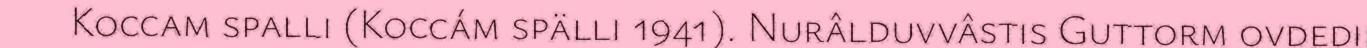
Koccam spalli (Koccám spälli 1941). Nurâlduvvâstis Guttorm ovdedij